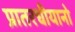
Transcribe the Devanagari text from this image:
प्रातरधीयानो